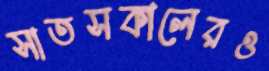
সাতসকালেরও